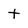
Character: t